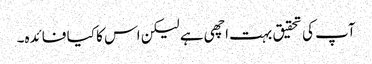
آپ کی تحقیق بہت اچھی ہے لیکن اس کا کیا فائدہ۔